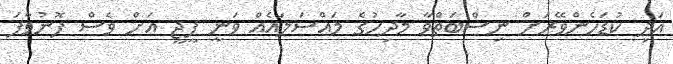
އަދި ކުޑަހެންވޭރަށް ނިސްބަތްވާ މާދިހުގެ މައްސަލައެއް ވަނީ ޕީޖީ އަށް ވެސް ފޮނުވާފަ